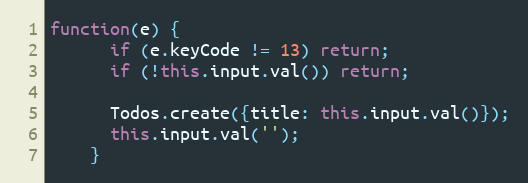
Language: JavaScript
function(e) {
      if (e.keyCode != 13) return;
      if (!this.input.val()) return;

      Todos.create({title: this.input.val()});
      this.input.val('');
    }